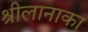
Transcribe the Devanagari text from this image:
श्रीलानाका